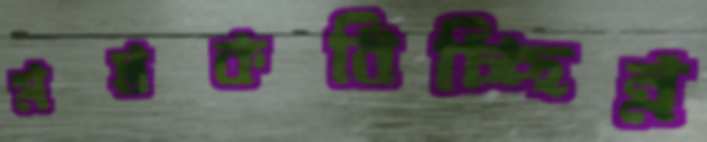
মস্তকবিচ্ছিন্ন